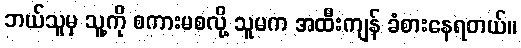
ဘယ်သူမှ သူ့ကို စကားမစလို့ သူမက အထီးကျန် ခံစားနေရတယ်။